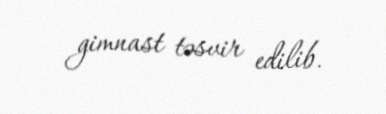
gimnast təsvir edilib.